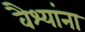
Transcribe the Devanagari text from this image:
वैश्यांना